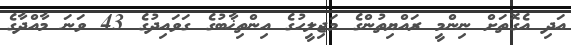
އަދި އެގޮތަށް ނިންމީ ރައްޔިތުންގެ މަޖިލީހުގެ އިންތިޚާބުގެ ގަވައިދުގެ 43 ވަނަ މާއްދާގެ